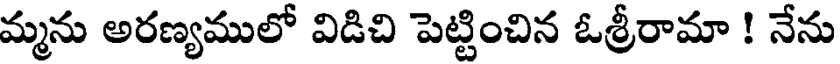
మ్మను అరణ్యములో విడిచి పెట్టించిన ఓశ్రీరామా ! నేను